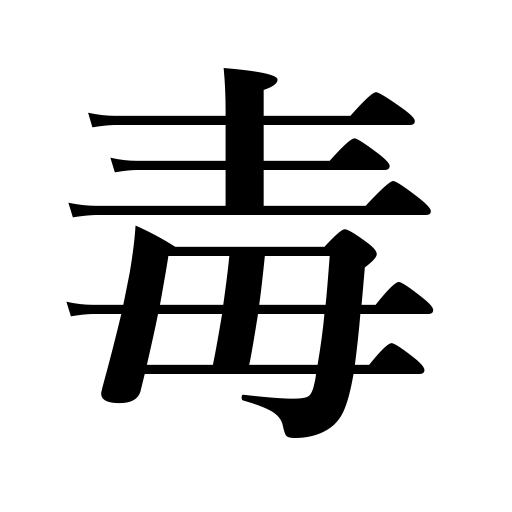
Meanings: harm,virus,injury,venom,germ,toxin,spite,malice,poison